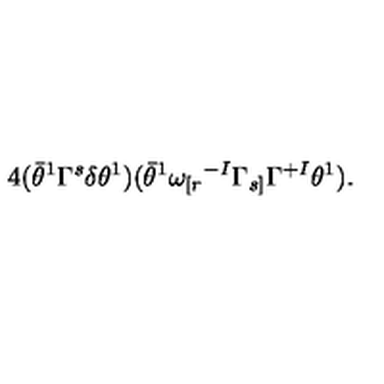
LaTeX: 4 ( \bar { \theta } ^ { 1 } \Gamma ^ { s } \delta \theta ^ { 1 } ) ( \bar { \theta } ^ { 1 } \omega _ { [ r } { } ^ { - I } \Gamma _ { s ] } \Gamma ^ { + I } \theta ^ { 1 } ) .